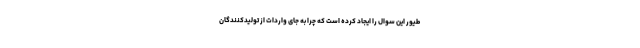
طیور این سوال را ایجاد کرده است که چرا به جای واردات از تولیدکنندگان